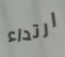
ارتداء